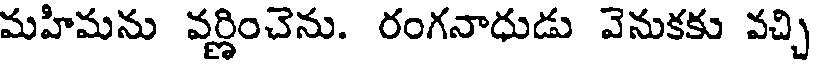
మహిమను వర్ణించెను. రంగనాధుడు వెనుకకు వచ్చి